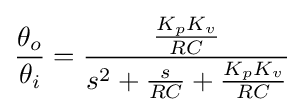
{\frac {\theta _{o}}{\theta _{i}}}={\frac {\frac {K_{p}K_{v}}{RC}}{s^{2}+{\frac {s}{RC}}+{\frac {K_{p}K_{v}}{RC}}}}